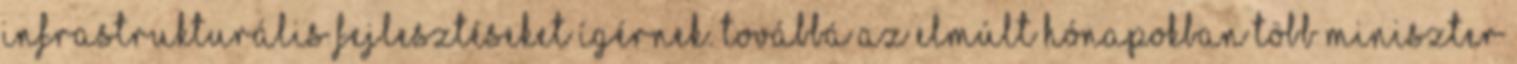
infrastrukturális fejlesztéseket ígérnek. Továbbá az elmúlt hónapokban több miniszter